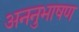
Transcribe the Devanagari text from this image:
अननुभाषण